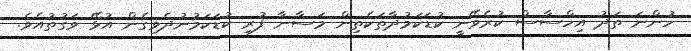
ހުންނަ ތަދު އިހްސާސް ކުރެވޭނީ ކުޑަކަމުދާތަކެތިން މަސާނާ ފުރި ކުޑަކަމުނުދެވިގެން އުޅޭ ވަގުތުއެވެ.